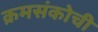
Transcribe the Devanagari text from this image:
क्रमसंकोची